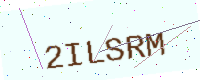
Text: 2ILSRM